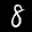
Label: 8